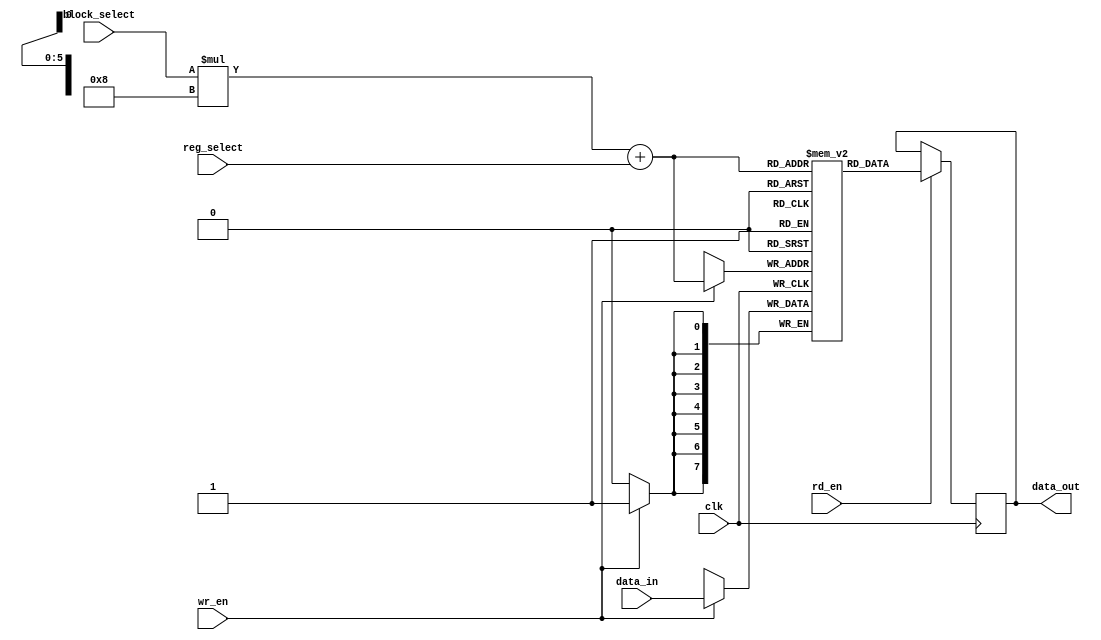
module register_file (
  input wire clk,
  input wire [7:0] data_in,
  input wire wr_en,
  input wire rd_en,
  input wire [3:0] block_select,
  input wire [3:0] reg_select,
  output wire [7:0] data_out
);

reg [7:0] registers [0:7][0:7];

always @(posedge clk) begin
  if (wr_en) begin
    registers[block_select][reg_select] <= data_in;
  end
  
  if (rd_en) begin
    data_out <= registers[block_select][reg_select];
  end
end

endmodule